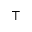
\top